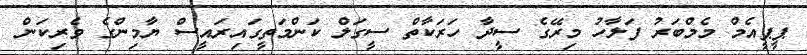
ޕީޕީއެމް މެމްބަރު ފަލާހު މިރޭގެ ސީދާ ހަރަކާތް ސީގަލް ކަންމަތީގައިރައީސް ޔާމިންގެ ވެރިކަން